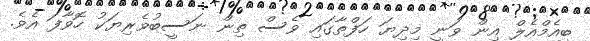
ބީއެމްއެލް އިން ވަނީ މިދިޔަ ހަފްތާގައި ވެސް ތިން ނަސީބުވެރިޔަކު ހޮވާފަ އެވެ.